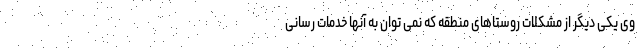
وی یکی دیگر از مشکلات روستاهای منطقه که نمی توان به آنها خدمات رسانی